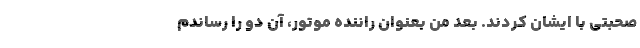
صحبتی با ایشان کردند. بعد من بعنوان راننده موتور، آن دو را رساندم